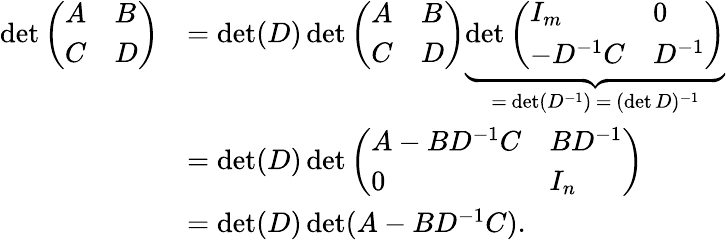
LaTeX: {\begin{array}{rl}{\operatorname*{det}{\left(\begin{array}{ll}{A}&{B}\\ {C}&{D}\end{array}\right)}}&{=\operatorname*{det}(D)\operatorname*{det}{\left(\begin{array}{ll}{A}&{B}\\ {C}&{D}\end{array}\right)}\underbrace{\operatorname*{det}{\left(\begin{array}{ll}{I_{m}}&{0}\\ {-D^{-1}C}&{D^{-1}}\end{array}\right)}}_{=\, \operatorname*{det}(D^{-1})\, =\, (\operatorname*{det}D)^{-1}}}\\ &{=\operatorname*{det}(D)\operatorname*{det}{\left(\begin{array}{ll}{A-BD^{-1}C}&{BD^{-1}}\\ {0}&{I_{n}}\end{array}\right)}}\\ &{=\operatorname*{det}(D)\operatorname*{det}(A-BD^{-1}C).}\end{array}}